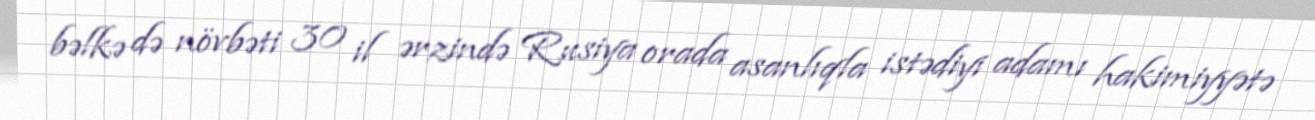
bəlkə də növbəti 30 il ərzində Rusiya orada asanlıqla istədiyi adamı hakimiyyətə